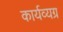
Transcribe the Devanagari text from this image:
कार्यव्यग्र